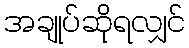
အချုပ်ဆိုရလျှင်